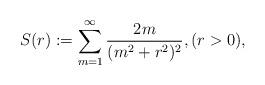
LaTeX: \begin{align*}S(r):=\sum_{m=1}^{\infty}\frac{2m}{(m^2+r^2)^2},(r>0),\end{align*}